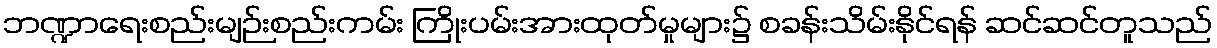
ဘဏ္ဍာရေးစည်းမျဉ်းစည်းကမ်း ကြိုးပမ်းအားထုတ်မှုများ၌ စခန်းသိမ်းနိုင်ရန် ဆင်ဆင်တူသည်